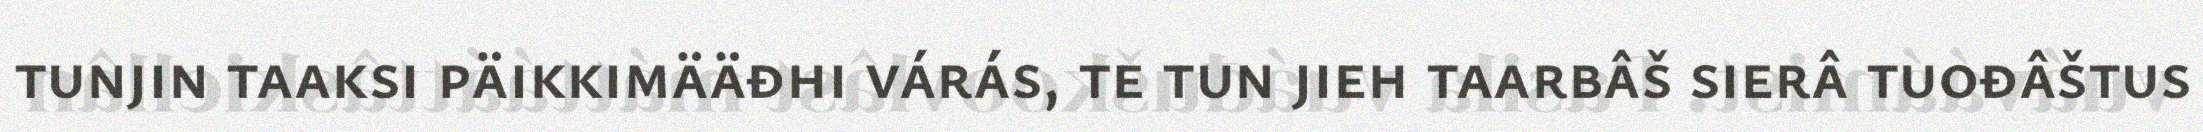
tunjin taaksi päikkimääđhi várás, te tun jieh taarbâš sierâ tuođâštus